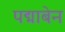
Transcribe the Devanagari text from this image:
पद्माबेन